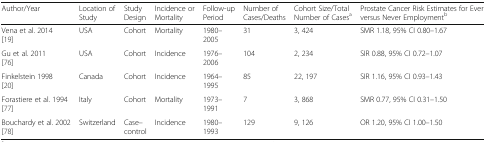
<table><thead><tr><td><b>Author/Year</b></td><td><b>Location of Study</b></td><td><b>Study Design</b></td><td><b>Incidence or Mortality</b></td><td><b>Follow-up Period</b></td><td><b>Number of Cases/Deaths</b></td><td><b>Cohort Size/Total Number of Cases<sup>a</sup></b></td><td><b>Prostate Cancer Risk Estimates for Ever versus Never Employment<sup>b</sup></b></td></tr></thead><tbody><tr><td>Vena et al. 2014 [19]</td><td>USA</td><td>Cohort</td><td>Mortality</td><td>1980–2005</td><td>31</td><td>3, 424</td><td>SMR 1.18, 95% CI 0.80–1.67</td></tr><tr><td>Gu et al. 2011 [76]</td><td>USA</td><td>Cohort</td><td>Incidence</td><td>1976–2006</td><td>104</td><td>2, 234</td><td>SIR 0.88, 95% CI 0.72–1.07</td></tr><tr><td>Finkelstein 1998 [20]</td><td>Canada</td><td>Cohort</td><td>Incidence</td><td>1964–1995</td><td>85</td><td>22, 197</td><td>SIR 1.16, 95% CI 0.93–1.43</td></tr><tr><td>Forastiere et al. 1994 [77]</td><td>Italy</td><td>Cohort</td><td>Mortality</td><td>1973–1991</td><td>7</td><td>3, 868</td><td>SMR 0.77, 95% CI 0.31–1.50</td></tr><tr><td>Bouchardy et al. 2002 [78]</td><td>Switzerland</td><td>Case–control</td><td>Incidence</td><td>1980–1993</td><td>129</td><td>9, 126</td><td>OR 1.20, 95% CI 1.00–1.50</td></tr></tbody></table>